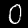
Label: 0